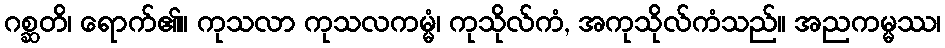
ဂစ္ဆတိ၊ ရောက်၏။ ကုသလာ ကုသလကမ္မံ၊ ကုသိုလ်ကံ, အကုသိုလ်ကံသည်။ အညကမ္မဿ၊